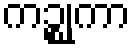
ကဉ္စုကာ